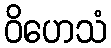
ဝိဟေသံ